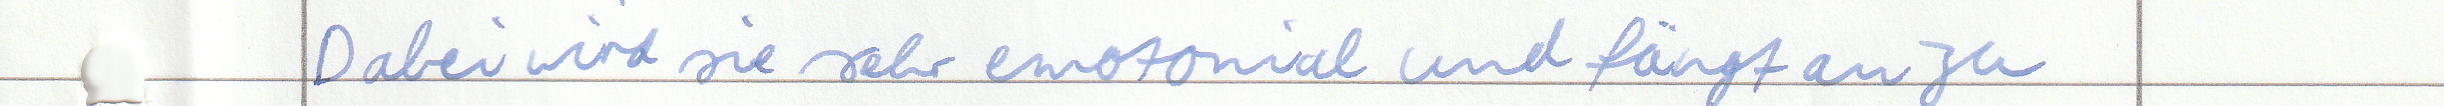
Dabei wird sie sehr emotional und fängt an zu